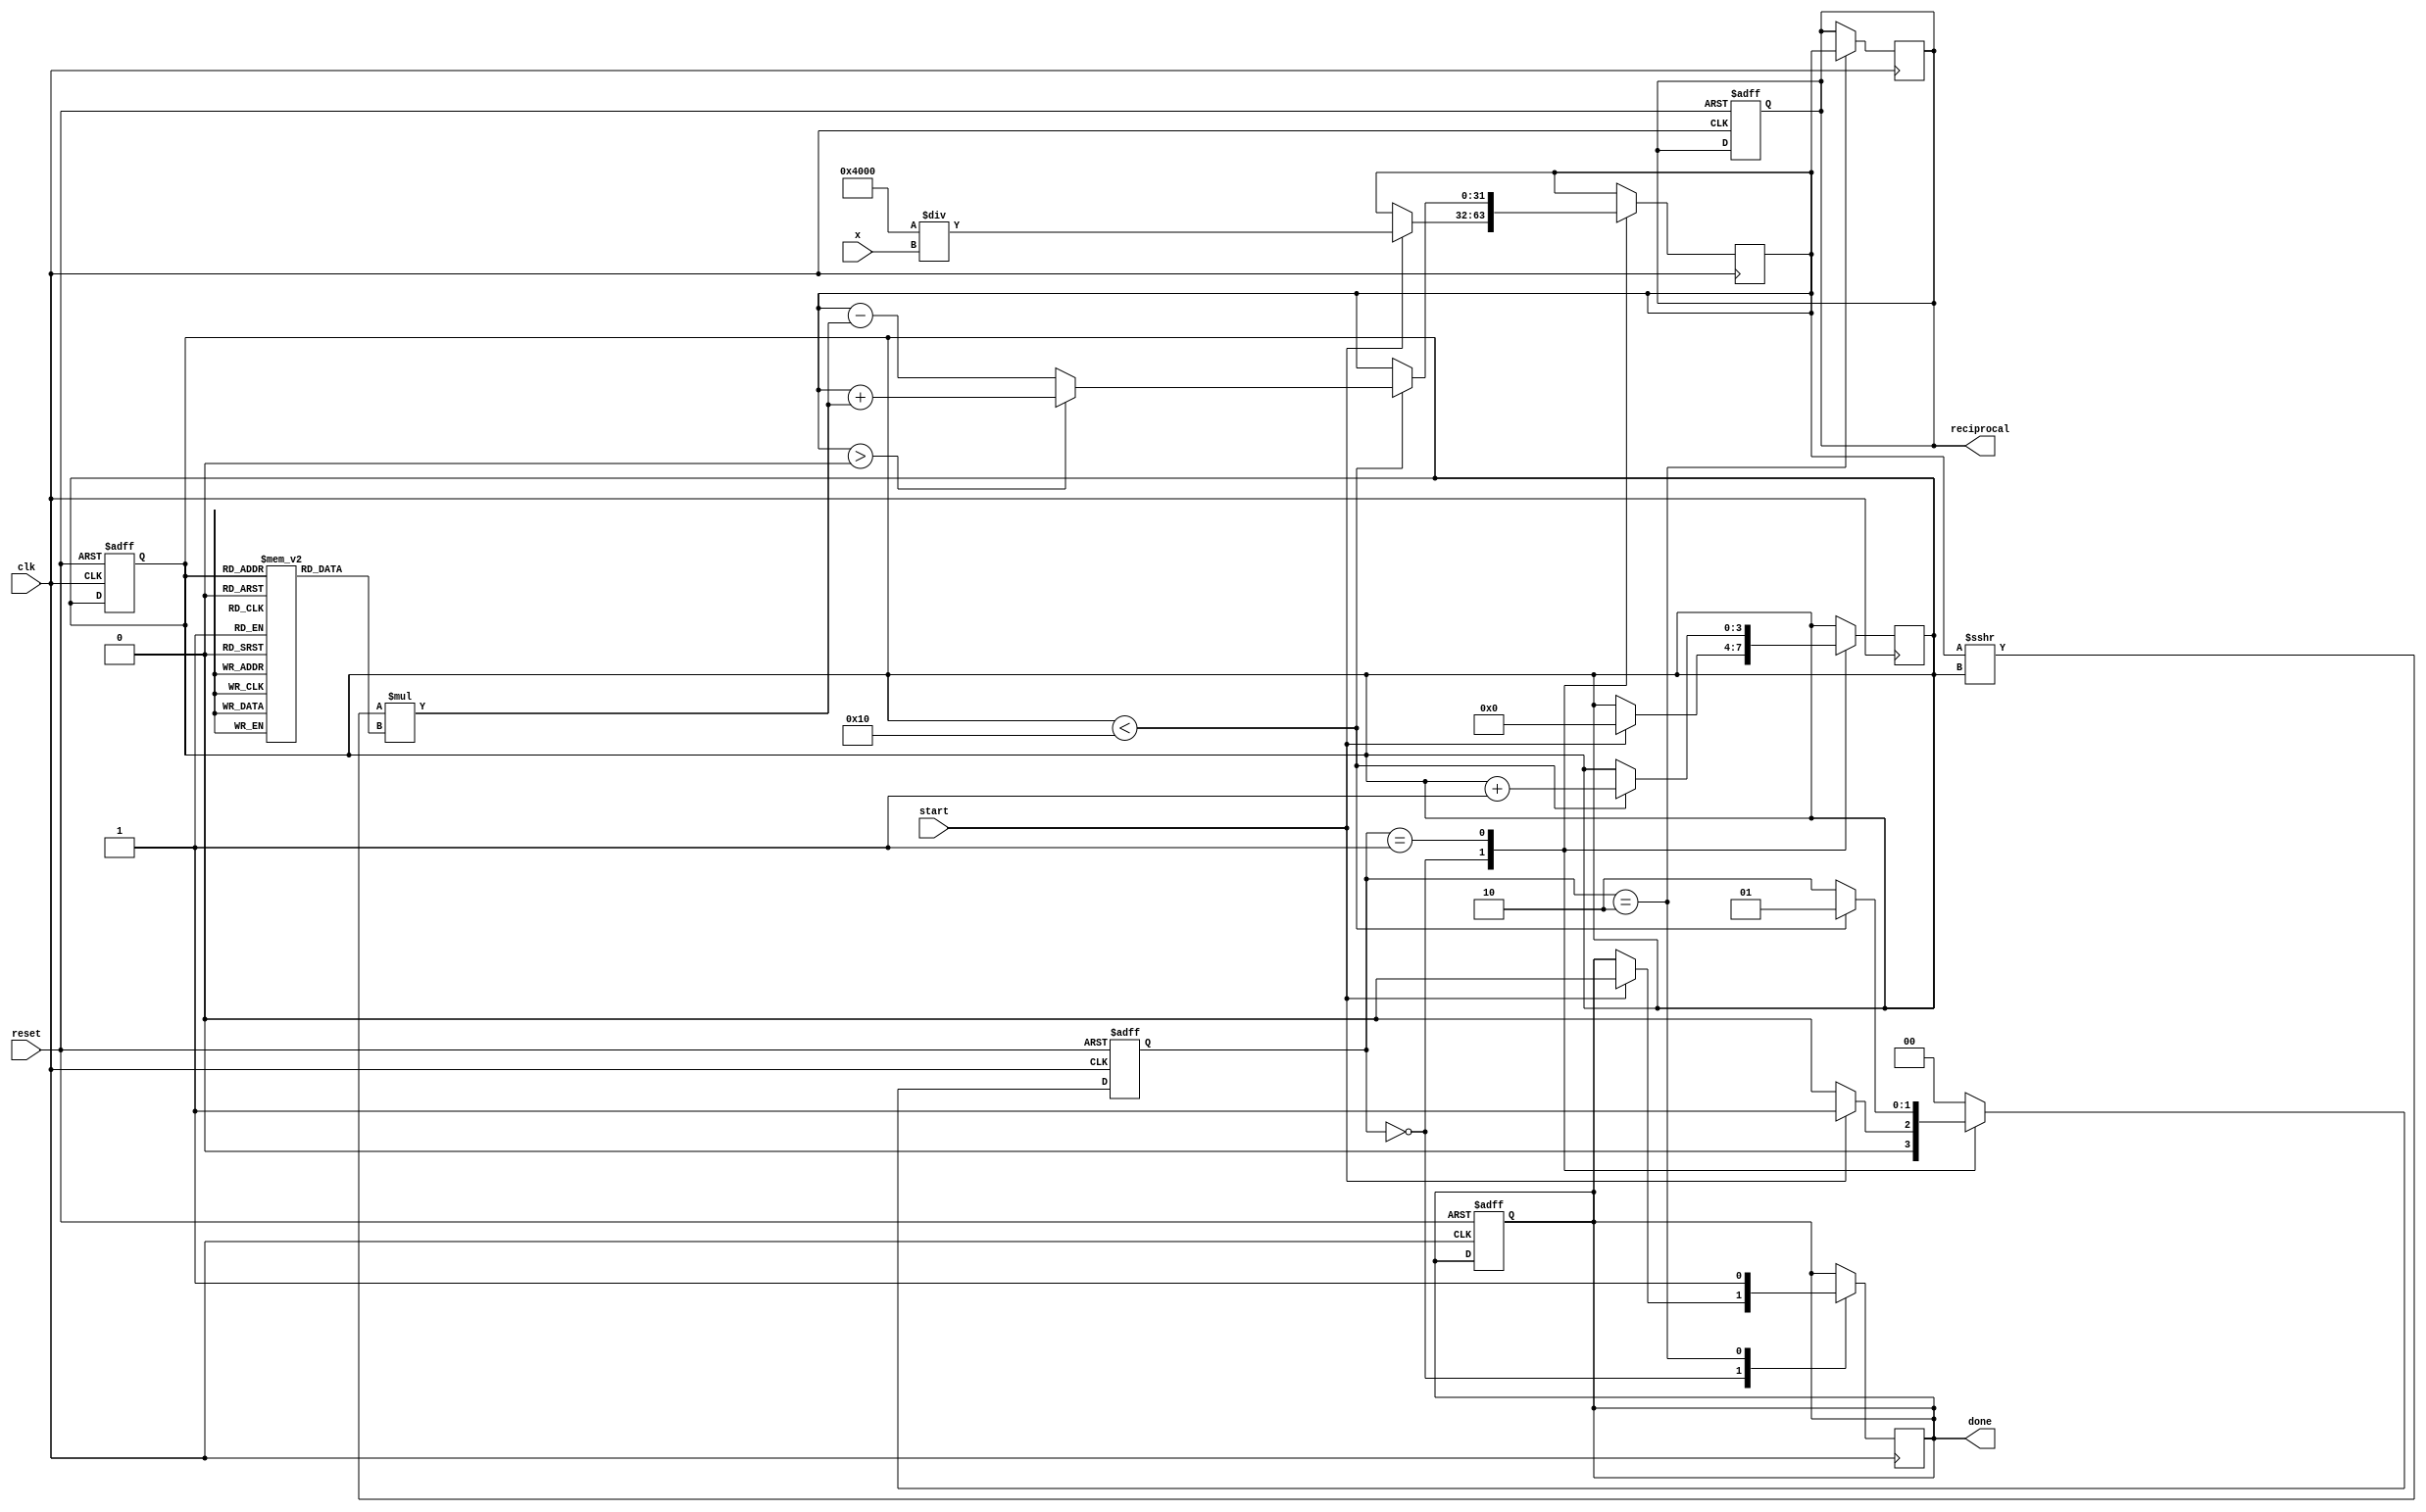
module cordic_reciprocal (
    input wire [15:0] x,        // Input value (fixed-point representation)
    input wire clk,             // Clock signal
    input wire reset,           // Asynchronous reset
    input wire start,           // Start signal for computation
    output reg [31:0] reciprocal, // Computed reciprocal (fixed-point)
    output reg done             // Done signal
);

    // Parameters for CORDIC
    parameter NUM_ITERATIONS = 16; // Number of iterations for precision
    parameter FIXED_POINT_SCALE = 16'h4000; // Scaling factor (2^14)
    
    // Internal registers
    reg [31:0] z;                // Current approximation of reciprocal
    reg [15:0] angle;            // Current angle
    reg [3:0] iteration;         // Iteration counter
    reg [1:0] state;             // FSM state
    reg [1:0] next_state;        // Next state for FSM

    // State encoding
    localparam IDLE = 2'b00;
    localparam COMPUTE = 2'b01;
    localparam DONE = 2'b10;

    // CORDIC rotation angles (in fixed-point format)
    reg [15:0] angles [0:NUM_ITERATIONS-1];
    initial begin
        angles[0] = 16'h0000; // atan(2^0)
        angles[1] = 16'h26DD; // atan(2^-1)
        angles[2] = 16'h1C71; // atan(2^-2)
        angles[3] = 16'h135B; // atan(2^-3)
        angles[4] = 16'h0A3D; // atan(2^-4)
        angles[5] = 16'h0519; // atan(2^-5)
        angles[6] = 16'h028B; // atan(2^-6)
        angles[7] = 16'h0142; // atan(2^-7)
        angles[8] = 16'h00A1; // atan(2^-8)
        angles[9] = 16'h0050; // atan(2^-9)
        angles[10] = 16'h0028; // atan(2^-10)
        angles[11] = 16'h0014; // atan(2^-11)
        angles[12] = 16'h000A; // atan(2^-12)
        angles[13] = 16'h0005; // atan(2^-13)
        angles[14] = 16'h0002; // atan(2^-14)
        angles[15] = 16'h0001; // atan(2^-15)
    end

    // FSM for controlling the state of the computation
    always @(posedge clk or posedge reset) begin
        if (reset) begin
            state <= IDLE;
            iteration <= 0;
            done <= 0;
            reciprocal <= 0;
        end else begin
            state <= next_state;
        end
    end

    // Next state logic
    always @(*) begin
        case (state)
            IDLE: begin
                if (start) begin
                    next_state = COMPUTE;
                end else begin
                    next_state = IDLE;
                end
            end
            COMPUTE: begin
                if (iteration < NUM_ITERATIONS) begin
                    next_state = COMPUTE;
                end else begin
                    next_state = DONE;
                end
            end
            DONE: begin
                next_state = IDLE;
            end
            default: next_state = IDLE;
        endcase
    end

    // CORDIC computation logic
    always @(posedge clk) begin
        case (state)
            IDLE: begin
                if (start) begin
                    // Initialize the approximation
                    z <= FIXED_POINT_SCALE / x; // Initial guess for reciprocal
                    iteration <= 0;
                    done <= 0;
                end
            end
            COMPUTE: begin
                // Perform CORDIC iterations
                if (iteration < NUM_ITERATIONS) begin
                    if (z > 0) begin
                        z <= z + (z >>> iteration) * angles[iteration]; // Update z
                    end else begin
                        z <= z - (z >>> iteration) * angles[iteration]; // Update z
                    end
                    iteration <= iteration + 1;
                end
            end
            DONE: begin
                reciprocal <= z; // Store the final result
                done <= 1; // Indicate completion
            end
        endcase
    end

endmodule